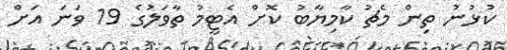
ކުޅުނު ތިން މެޗު ކާމިޔާބު ކޮށް އެޓީމު ތާވަލުގެ 19 ވަނަ އަށް